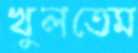
খুলতেম